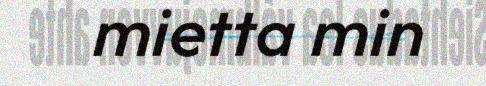
mietta min